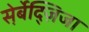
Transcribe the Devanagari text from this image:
स़ेर्बेद्ज़िजा